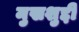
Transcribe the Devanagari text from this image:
मुखशुद्दी